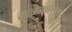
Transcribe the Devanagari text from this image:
लाळेसारख्या